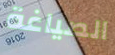
الصياغة